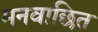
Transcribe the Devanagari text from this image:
मनवाछित